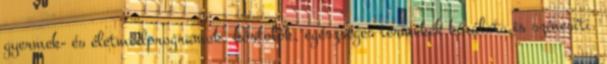
gyermek- és életmódprogramok, kóstolók, egészséges termékek kínálata is színesíti.